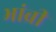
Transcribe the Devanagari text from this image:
भांब्री